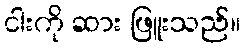
ငါးကို ဆား ဖြူးသည်။